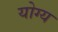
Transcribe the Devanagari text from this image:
योग्य